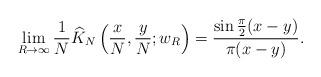
LaTeX: \begin{align*} \lim_{R \to \infty} \frac{1}{N} \widehat{K}_N\left(\frac{x}{N}, \frac{y}{N}; w_R\right) = \frac{\sin \frac{\pi}{2} (x-y)}{\pi(x-y)}.\end{align*}